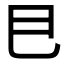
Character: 𢀳